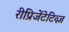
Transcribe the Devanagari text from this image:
रीप्रिजेंटेटिव्ज़